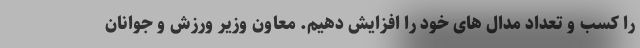
را کسب و تعداد مدال های خود را افزایش دهیم. معاون وزیر ورزش و جوانان